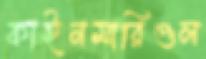
কাইনমারিগুল